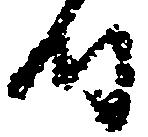
時